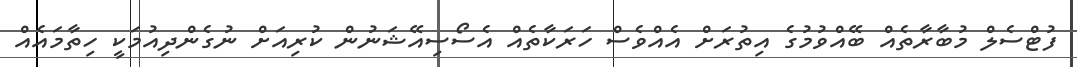
ފުޓްސެލް މުބާރާތެއް ބޭއްވުމުގެ އިތުރަށް އެއްވެސް ހަރަކާތެއް އެސޯސިއޭޝަނުން ކުރިއަށް ނުގެންދިއުމަކީ ހިތާމައެއް